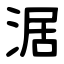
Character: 涺